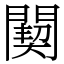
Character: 䦬